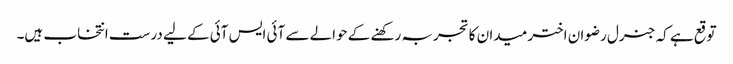
توقع ہے کہ جنرل رضوان اختر میدان کا تجربہ رکھنے کے حوالے سے آئی ایس آئی کے لیے درست انتخاب ہیں۔